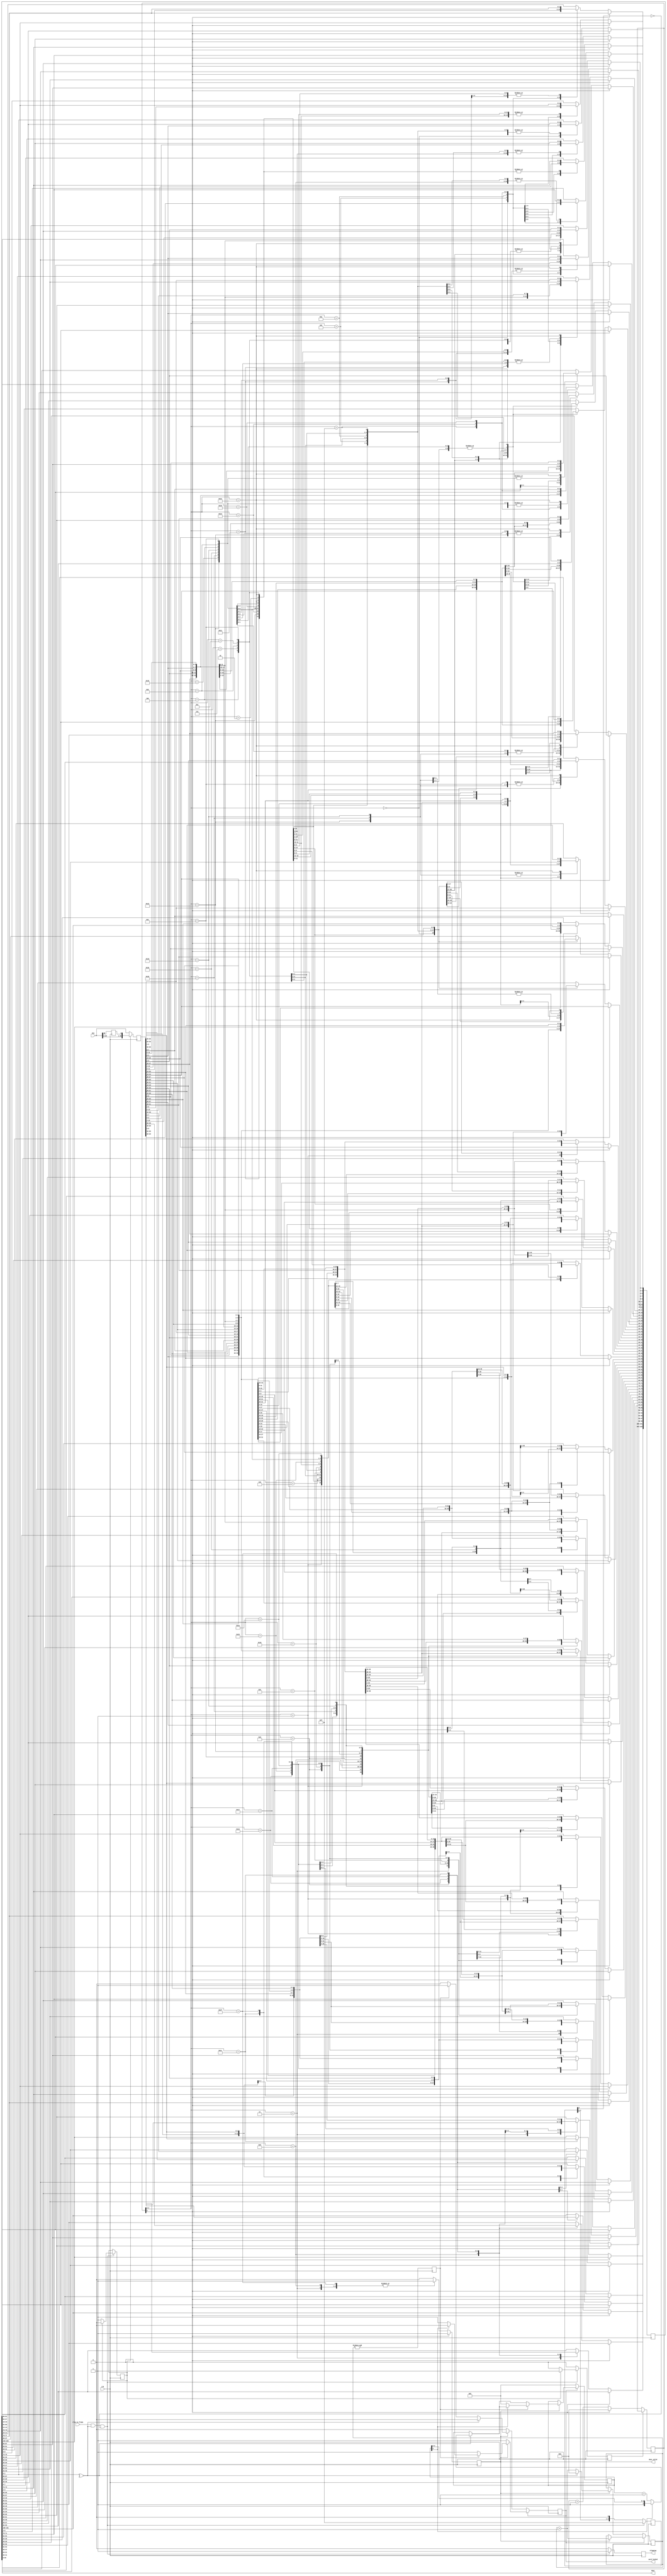
// Copyright 2010 Altera Corporation. All rights reserved.  
// Altera products are protected under numerous U.S. and foreign patents, 
// maskwork rights, copyrights and other intellectual property laws.  
//
// This reference design file, and your use thereof, is subject to and governed
// by the terms and conditions of the applicable Altera Reference Design 
// License Agreement (either as signed by you or found at www.altera.com).  By
// using this reference design file, you indicate your acceptance of such terms
// and conditions between you and Altera Corporation.  In the event that you do
// not agree with such terms and conditions, you may not use the reference 
// design file and please promptly destroy any copies you have made.
//
// This reference design file is being provided on an "as-is" basis and as an 
// accommodation and therefore all warranties, representations or guarantees of 
// any kind (whether express, implied or statutory) including, without 
// limitation, warranties of merchantability, non-infringement, or fitness for
// a particular purpose, are specifically disclaimed.  By making this reference
// design file available, Altera expressly does not recommend, suggest or 
// require that this reference design file be used in combination with any 
// other product not provided by Altera.
/////////////////////////////////////////////////////////////////////////////

// 40 in 66 out 
// baeckler - 07-21-2010

module gearbox_40_66 (
	input clk,
	input slip_to_frame,  // look for the least significant 2 bits being opposite
	input [39:0] din,     // lsbit first
	output [65:0] dout,
	output reg dout_valid,
	
	output reg slipping,	// pulses on position change
	output reg word_locked	// lock detect with history
);

initial dout_valid = 1'b0;
	
reg [5:0] gbstate = 0 /* synthesis preserve */;
reg [103:0] stor = 0 /* synthesis preserve */;
assign dout = stor[65:0];
reg [39:0] din_r = 0;
reg din_extra = 0;

// framing acquisition controls
reg odd = 1'b0 /* synthesis preserve */;	// select a 1 bit shift of the input data
reg drop40 = 1'b0 /* synthesis preserve */;	// slip by 1 input word

always @(posedge clk) begin
	din_extra <= din[39];
	din_r <= odd ? {din[38:0],din_extra} : din[39:0];
	
	gbstate <= drop40 ? gbstate : (gbstate[5] ? 6'h0 : (gbstate + 1'b1));
	dout_valid <= 1'b0;
	   
	if (gbstate[5]) begin 
		stor[65:26] <= din_r[39:0]; stor[25:0] <= stor[91:66]; dout_valid <= 1'b1; 
	end    //  now holding 0
	else begin	
		case (gbstate[4:0])
			5'h0 : begin stor[39:0] <= din_r[39:0]; end     //  now holding 40
			5'h1 : begin stor[79:40] <= din_r[39:0]; dout_valid <= 1'b1; end    //  now holding 14
			5'h2 : begin stor[53:14] <= din_r[39:0]; stor[13:0] <= stor[79:66]; end     //  now holding 54
			5'h3 : begin stor[93:54] <= din_r[39:0]; dout_valid <= 1'b1; end    //  now holding 28
			5'h4 : begin stor[67:28] <= din_r[39:0]; stor[27:0] <= stor[93:66]; dout_valid <= 1'b1; end    //  now holding 2
			5'h5 : begin stor[41:2] <= din_r[39:0]; stor[1:0] <= stor[67:66]; end     //  now holding 42
			5'h6 : begin stor[81:42] <= din_r[39:0]; dout_valid <= 1'b1; end    //  now holding 16
			5'h7 : begin stor[55:16] <= din_r[39:0]; stor[15:0] <= stor[81:66]; end     //  now holding 56
			5'h8 : begin stor[95:56] <= din_r[39:0]; dout_valid <= 1'b1; end    //  now holding 30
			5'h9 : begin stor[69:30] <= din_r[39:0]; stor[29:0] <= stor[95:66]; dout_valid <= 1'b1; end    //  now holding 4
			5'ha : begin stor[43:4] <= din_r[39:0]; stor[3:0] <= stor[69:66]; end     //  now holding 44
			5'hb : begin stor[83:44] <= din_r[39:0]; dout_valid <= 1'b1; end    //  now holding 18
			5'hc : begin stor[57:18] <= din_r[39:0]; stor[17:0] <= stor[83:66]; end     //  now holding 58
			5'hd : begin stor[97:58] <= din_r[39:0]; dout_valid <= 1'b1; end    //  now holding 32
			5'he : begin stor[71:32] <= din_r[39:0]; stor[31:0] <= stor[97:66]; dout_valid <= 1'b1; end    //  now holding 6
			5'hf : begin stor[45:6] <= din_r[39:0]; stor[5:0] <= stor[71:66]; end     //  now holding 46
			5'h10 : begin stor[85:46] <= din_r[39:0]; dout_valid <= 1'b1; end    //  now holding 20
			5'h11 : begin stor[59:20] <= din_r[39:0]; stor[19:0] <= stor[85:66]; end     //  now holding 60
			5'h12 : begin stor[99:60] <= din_r[39:0]; dout_valid <= 1'b1; end    //  now holding 34
			5'h13 : begin stor[73:34] <= din_r[39:0]; stor[33:0] <= stor[99:66]; dout_valid <= 1'b1; end    //  now holding 8
			5'h14 : begin stor[47:8] <= din_r[39:0]; stor[7:0] <= stor[73:66]; end     //  now holding 48
			5'h15 : begin stor[87:48] <= din_r[39:0]; dout_valid <= 1'b1; end    //  now holding 22
			5'h16 : begin stor[61:22] <= din_r[39:0]; stor[21:0] <= stor[87:66]; end     //  now holding 62
			5'h17 : begin stor[101:62] <= din_r[39:0]; dout_valid <= 1'b1; end    //  now holding 36
			5'h18 : begin stor[75:36] <= din_r[39:0]; stor[35:0] <= stor[101:66]; dout_valid <= 1'b1; end    //  now holding 10
			5'h19 : begin stor[49:10] <= din_r[39:0]; stor[9:0] <= stor[75:66]; end     //  now holding 50
			5'h1a : begin stor[89:50] <= din_r[39:0]; dout_valid <= 1'b1; end    //  now holding 24
			5'h1b : begin stor[63:24] <= din_r[39:0]; stor[23:0] <= stor[89:66]; end     //  now holding 64
			5'h1c : begin stor[103:64] <= din_r[39:0]; dout_valid <= 1'b1; end    //  now holding 38
			5'h1d : begin stor[77:38] <= din_r[39:0]; stor[37:0] <= stor[103:66]; dout_valid <= 1'b1; end    //  now holding 12
			5'h1e : begin stor[51:12] <= din_r[39:0]; stor[11:0] <= stor[77:66]; end     //  now holding 52
			5'h1f : begin stor[91:52] <= din_r[39:0]; dout_valid <= 1'b1; end    //  now holding 26
		endcase
	end
end

// out pattern [32:0] 110110101101011010110101101011010

/////////////////////////////////////////////
// handle the details of slipping

reg [3:0] grace = 0 /* synthesis preserve */;
wire bad_frame = ~^dout[1:0];

always @(posedge clk) begin
	drop40 <= 1'b0;
	slipping <= 1'b0;
	
	if (slip_to_frame && bad_frame && !grace[3]) begin
		slipping <= 1'b1;
		if (odd) begin
			odd <= 1'b0;
			drop40 <= 1'b1;
		end
		else begin
			odd <= 1'b1;
		end
		grace <= 4'b1111;
	end
	else begin
		grace <= {grace[2:0],1'b0};
	end
end

/////////////////////////////////////////////
// word alignment control

reg [4:0] err_cnt = 1'b0;
reg [5:0] wrd_cnt = 1'b0;
reg wrd_cnt_max = 1'b0;
initial word_locked = 1'b0;

always @(posedge clk) begin
	wrd_cnt_max <= &wrd_cnt;
	
	if (word_locked) begin
		if (dout_valid) begin
			wrd_cnt <= wrd_cnt + 1'b1;
			if (bad_frame) begin
				// count bad frames, saturate at 16
				if (!err_cnt[4]) err_cnt <= err_cnt + 1'b1;
			end					
			if (wrd_cnt_max) begin
				// if there are more than 16 per 64 wrong lose lock
				if (err_cnt[4]) word_locked <= 1'b0;
				else err_cnt <= 0;
			end
		end	
	end	
	else begin
		err_cnt <= 0;
		if (dout_valid) begin
			if (bad_frame) begin
				wrd_cnt <= 0;
			end
			else begin
				// if there are 64 good frames acquire lock
				wrd_cnt <= wrd_cnt + 1'b1;
				if (wrd_cnt_max) word_locked <= 1'b1;
			end
		end	
	end
end

endmodule